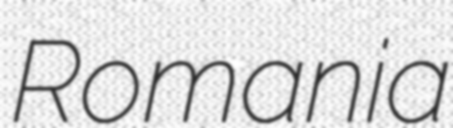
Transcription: Romania